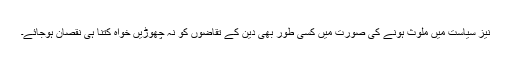
نیز سیاست میں ملوث ہونے کی صورت میں کسی طور بھی دین کے تقاضوں کو نہ چھوڑیں خواہ کتنا ہی نقصان ہوجائے۔